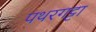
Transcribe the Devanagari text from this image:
पथरगट्टा